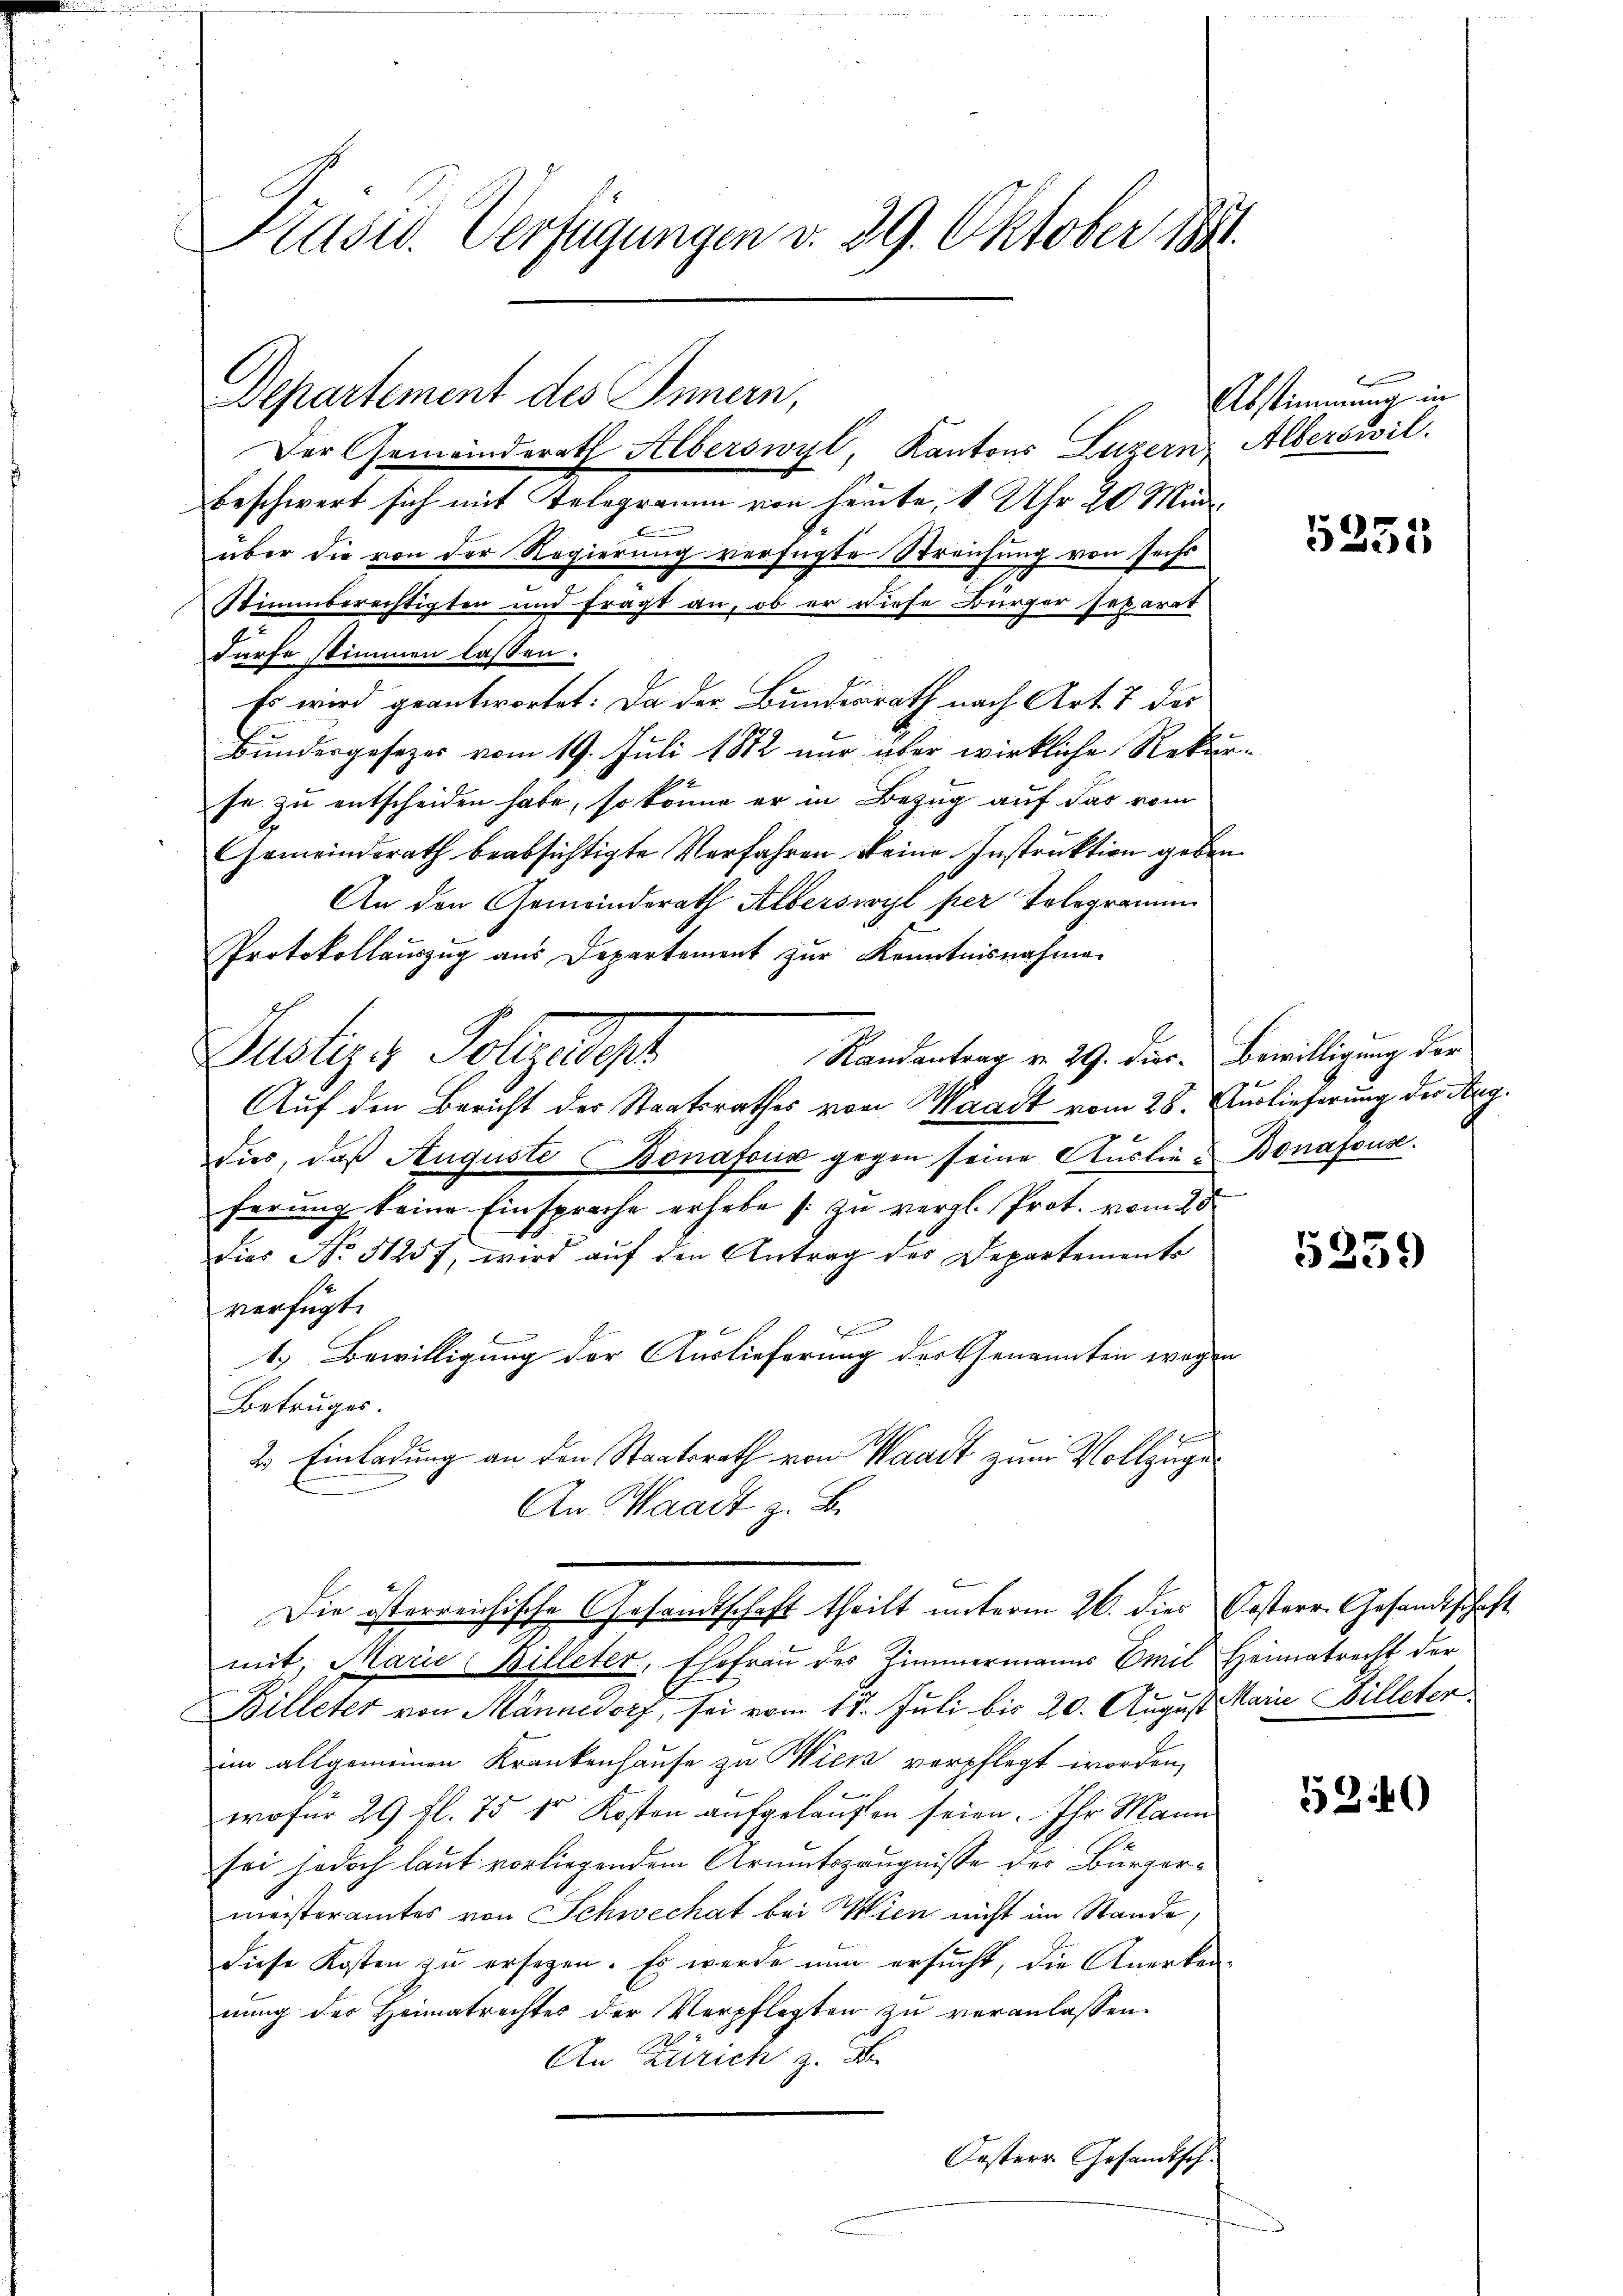
Präsid. Verfügungen d. 29. Oktober 1891.

Departement des Innern,

Der Gemeinderath Alberswyl, Kantons Luzern Alberswil
beschwert sich mit Telegramm von heute, 1 Uhr 20 Min
über die von der Regierung verfügte Streichung von sechs
Stimmberechtigten und fragt an, ob er diese Bürger separat
dürfe stimmen lassen.
Es wird geantwortet: Da der Bundesrath nach Art. 7 des
Bundergesezes vom 19. Juli 1882 nur über wirkliche Rekurfe zu entscheiden habe, so könne er in Bezug auf das vom
Gemeinderath beabsichtigte Verfahren keine Instruktion geben.
An den Gemeinderath Alberswyl per Telegramm
Protokollauszug aus Departement zur Kenntnisnahme
Randantrag v. 29. Dier. Bewilligung der
Justiz & Polizeip
Auf den Bericht der Staatsrathes von Waadt vom 28. Auslieferung des Aug.
dier, daβ Auguste Bonafous gegen seine Auslie- Bonafouse.
ferung keine Einsprache erhebe s. zŭ vergl. Prot. vom 28.
Dies No 51257, wird aŭf den Antrag des Departements
verfügt:
1.) Bewilligung der Auslieferung der Genannten wegen
Betruges.
2. Einladung an den Staatsrath von Waadt zum Vollzuge
An Waadt z. B.
Die österreichische Gesamtschaft theilt unterm 26. dies Oesterr. Gesandtschaft
mit, Marie Billeter, Ehefrau des Zimmermanns Emil Heimatrecht der
Billeter von Männedorf, sei vom 15. Juli bis 20. August Marie Willeter
im allgemeinen Krankenhause zu Wien verpflegt worden,
wofür 29 fl. 75 kr Kosten aufgelaufen seien. Ihr Mann
sei jedoch laut vorliegendem Armutszeugnisse des Bürgermeisteramtes von Schwechat bei Wien nicht im Stande,
diese Kosten zu ersezen. Es werde nun ersucht, die Anerken-
nung des Heimatrechtes der Verpflegten zu veranlassen.
An Zürich z. B.
Oesterr Gesandtsch¬

Abstimmung in

5235

5259

5340